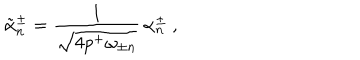
\tilde { \alpha } _ { n } ^ { \pm } = { \frac { 1 } { \sqrt { 4 p ^ { + } \omega _ { \pm n } } } } \, \alpha _ { n } ^ { \pm } \ ,